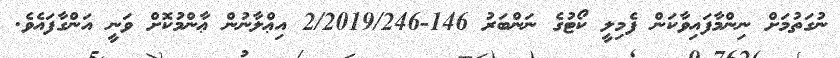
ނުގަތުމަށް ނިންމާފައިވާކަން ފެމިލީ ކޯޓުގެ ނަންބަރު 146-2/2019/246 އިޢްލާނުން ޢާންމުކޮށް ވަނީ އަންގާފައެވެ.